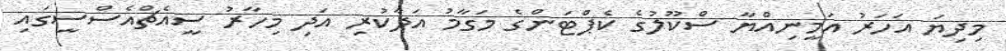
މިދިޔަ އަހަރު އަމީނިއްޔާ ސްކޫލުގެ ކެޕްޓަންގެ މަގާމު އަދާކުރި އަދި މިހާރު ސީއެޗްއެސްސީގައި